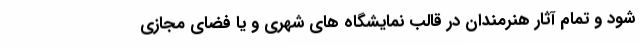
شود و تمام آثار هنرمندان در قالب نمایشگاه های شهری و یا فضای مجازی